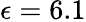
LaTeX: \epsilon=6.1